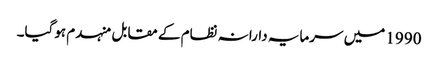
1990 میں سرمایہ دارانہ نظام کے مقابل منہدم ہوگیا۔